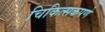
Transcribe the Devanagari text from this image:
चिकित्सकपणे